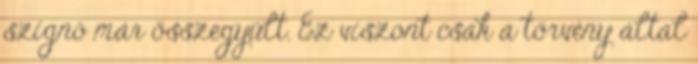
szignó már összegyűlt. Ez viszont csak a törvény által